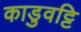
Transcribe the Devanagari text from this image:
काडुवट्टि